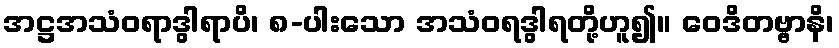
အဋ္ဌအသံဝရာဒွါရာပိ၊ ၈-ပါးသော အသံဝရဒွါရတို့ဟူ၍။ ဝေဒိတဗ္ဗာနိ၊